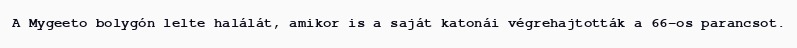
A Mygeeto bolygón lelte halálát, amikor is a saját katonái végrehajtották a 66-os parancsot.